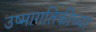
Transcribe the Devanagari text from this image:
उष्मागतिकीच्या